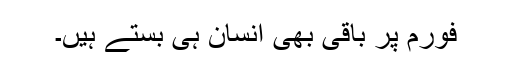
فورم پر باقی بھی انسان ہی بستے ہیں۔